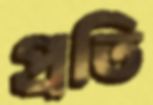
প্রতি